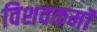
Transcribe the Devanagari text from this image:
विशवकमॉ